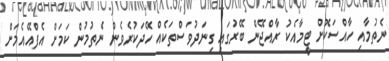
ނެތުމާއި ހާއްސަކޮށް ޓީމާއެކު ރާއްޖޭން ބޭރުގައި ގިނަދުވަސްތަކެއް ހޭދަކުރެވެން ނެތުމުން ކަމަށް އެފްއޭއެމަށް